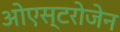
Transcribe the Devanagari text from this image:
ओएस्टरोजेन